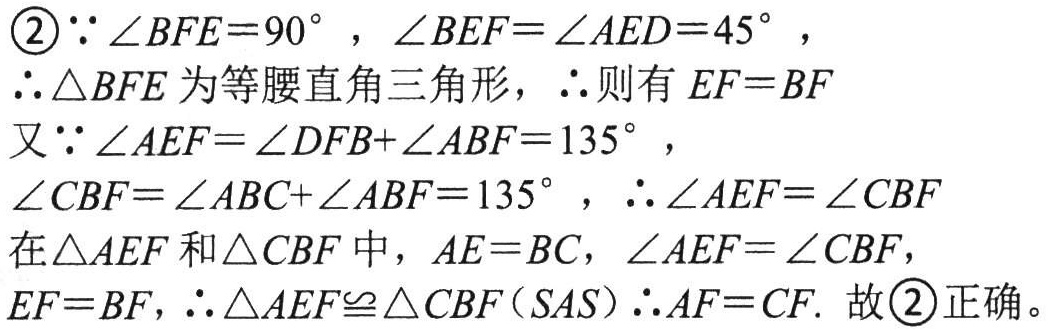
\textcircled{2}$\because \angle BFE = 90^{\circ}$，$\angle BEF=\angle AED = 45^{\circ}$，
$\therefore \triangle BFE$为等腰直角三角形，$\therefore$则有$EF = BF$
又$\because \angle AEF=\angle DFB+\angle ABF = 135^{\circ}$，
$\angle CBF=\angle ABC+\angle ABF = 135^{\circ}$，$\therefore \angle AEF=\angle CBF$
在$\triangle AEF$和$\triangle CBF$中，$AE = BC$，$\angle AEF=\angle CBF$，
$EF = BF$，$\therefore \triangle AEF\cong\triangle CBF(SAS)$$\therefore AF = CF$. 故\textcircled{2}正确。